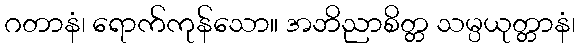
ဂတာနံ၊ ရောက်ကုန်သော။ အဘိညာစိတ္တ သမ္ပယုတ္တာနံ၊